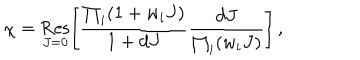
\chi = \mathop { \mathrm { R e s } } _ { J = 0 } \left[ \frac { \prod _ { i } ( 1 + w _ { i } J ) } { 1 + d J } \frac { d J } { \prod _ { i } ( w _ { i } J ) } \right] \, ,